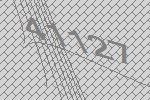
41127